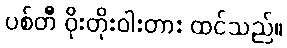
ပစ်တီ ဝိုးတိုးဝါးတား ထင်သည်။